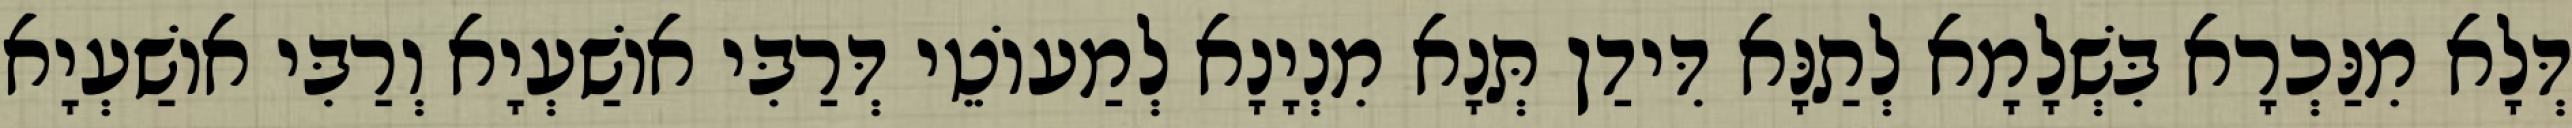
דְּלָא מִנַּכְרָא בִּשְׁלָמָא לְתַנָּא דִּידַן תְּנָא מִנְיָנָא לְמַעוֹטֵי דְּרַבִּי אוֹשַׁעְיָא וְרַבִּי אוֹשַׁעְיָא